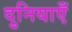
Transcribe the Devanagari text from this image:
दुनियाएँ